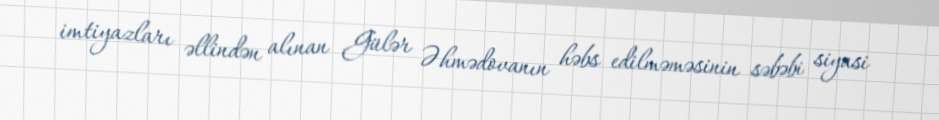
imtiyazları əllindən alınan Gülər Əhmədovanın həbs edilməməsinin səbəbi siyasi